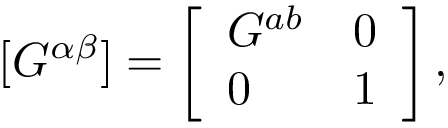
[ G ^ { \alpha \beta } ] = \left[ \begin{array} { l r } { { G ^ { a b } } } & { { 0 } } \\ { { 0 } } & { { 1 } } \end{array} \right] ,